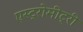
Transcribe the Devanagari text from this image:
एस्ट्रोमीट्री